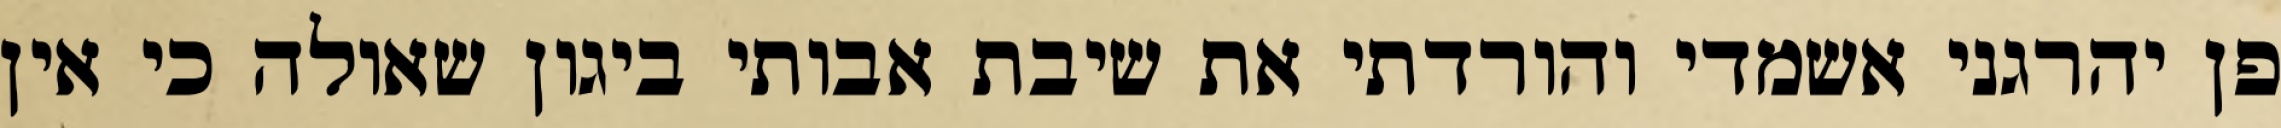
פן יהרגני אשמדי והורדתי את שיבת אבותי ביגון שאולה כי אין